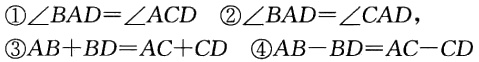
\textcircled{1}$\angle BAD = \angle ACD$ \textcircled{2}$\angle BAD=\angle CAD$，
\textcircled{3}$AB + BD = AC + CD$ \textcircled{4}$AB - BD = AC - CD$